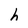
Character: h